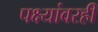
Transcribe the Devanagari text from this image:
पक्ष्यांवरही